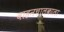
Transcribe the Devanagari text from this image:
वाहनचालकाला